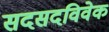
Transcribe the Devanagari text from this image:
सदसदविवेक